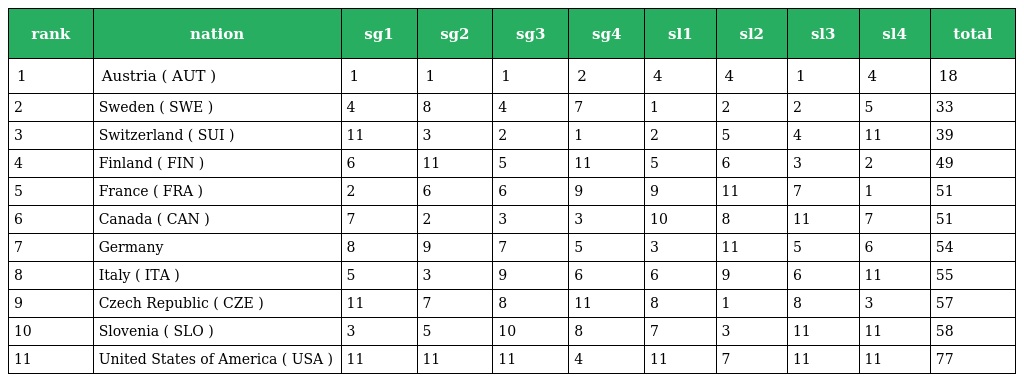
| rank | nation | sg1 | sg2 | sg3 | sg4 | sl1 | sl2 | sl3 | sl4 | total |
 | --- | --- | --- | --- | --- | --- | --- | --- | --- | --- | --- |
 | 1 | Austria ( AUT ) | 1 | 1 | 1 | 2 | 4 | 4 | 1 | 4 | 18 |
 | 2 | Sweden ( SWE ) | 4 | 8 | 4 | 7 | 1 | 2 | 2 | 5 | 33 |
 | 3 | Switzerland ( SUI ) | 11 | 3 | 2 | 1 | 2 | 5 | 4 | 11 | 39 |
 | 4 | Finland ( FIN ) | 6 | 11 | 5 | 11 | 5 | 6 | 3 | 2 | 49 |
 | 5 | France ( FRA ) | 2 | 6 | 6 | 9 | 9 | 11 | 7 | 1 | 51 |
 | 6 | Canada ( CAN ) | 7 | 2 | 3 | 3 | 10 | 8 | 11 | 7 | 51 |
 | 7 | Germany | 8 | 9 | 7 | 5 | 3 | 11 | 5 | 6 | 54 |
 | 8 | Italy ( ITA ) | 5 | 3 | 9 | 6 | 6 | 9 | 6 | 11 | 55 |
 | 9 | Czech Republic ( CZE ) | 11 | 7 | 8 | 11 | 8 | 1 | 8 | 3 | 57 |
 | 10 | Slovenia ( SLO ) | 3 | 5 | 10 | 8 | 7 | 3 | 11 | 11 | 58 |
 | 11 | United States of America ( USA ) | 11 | 11 | 11 | 4 | 11 | 7 | 11 | 11 | 77 |